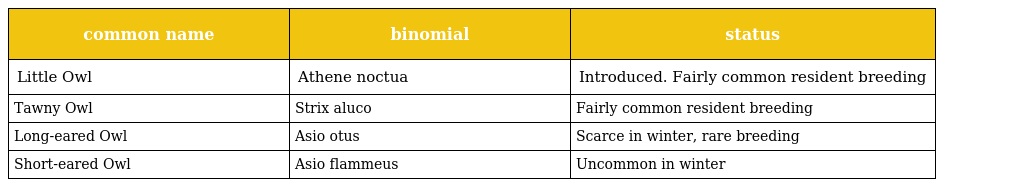
| common name | binomial | status |
 | --- | --- | --- |
 | Little Owl | Athene noctua | Introduced. Fairly common resident breeding |
 | Tawny Owl | Strix aluco | Fairly common resident breeding |
 | Long-eared Owl | Asio otus | Scarce in winter, rare breeding |
 | Short-eared Owl | Asio flammeus | Uncommon in winter |